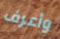
وأعرف